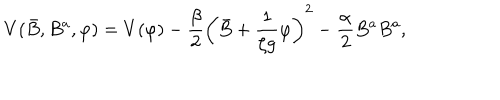
V ( \bar { B } , B ^ { a } , \varphi ) = V ( \varphi ) - \frac { \beta } { 2 } \left( \bar { B } + { \frac { 1 } { \zeta g } } \varphi \right) ^ { 2 } - \frac { \alpha } { 2 } B ^ { a } B ^ { a } ,